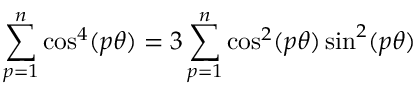
\sum _ { p = 1 } ^ { n } \cos ^ { 4 } ( p \theta ) = 3 \sum _ { p = 1 } ^ { n } \cos ^ { 2 } ( p \theta ) \sin ^ { 2 } ( p \theta )